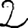
Digit: 2